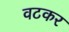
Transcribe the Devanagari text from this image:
वटकर